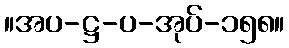
။အပ-ဋ္ဌ-ပ-အုပ်-၁၅၈။